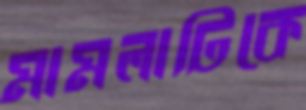
মামলাটিকে